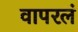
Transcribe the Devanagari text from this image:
वापरलं